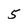
Character: 5